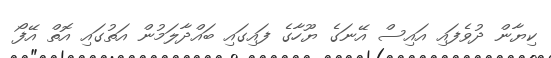
ކިޔާން ދުވެފައި އައިސް އޭނަގެ ޔޫހާގެ ފައިގައި ބައްދާލަމުން އަތުގައި އޮތް އޭފޯ